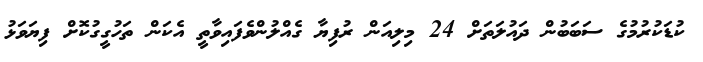
ކުޑަކުރުމުގެ ސަބަބުން ދައުލަތަށް 24 މިލިއަން ރުފިޔާ ގެއްލުންވެފައިވާތީ އެކަން ތަހުގީގުކޮށް ފިޔަވަޅު